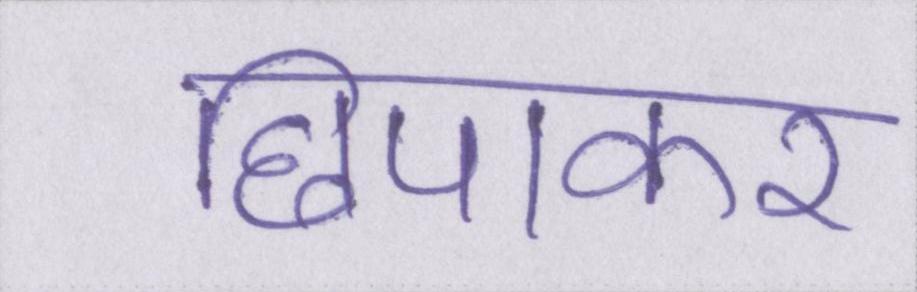
छिपाकर